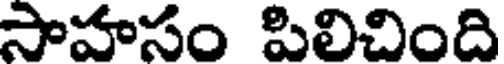
సాహసం పిలిచింది